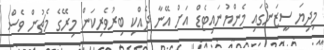
މިދިޔަ ސީޒަނުގައި މެންޔުނައިޓެޑް އަށް އޭނާ ދެއްކި ބިރުވެރިކަން މިރޭގެ މެޗުން ވެސް